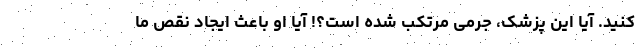
کنید. آیا این پزشک، جرمی مرتکب شده است؟! آیا او باعث ایجاد نقص ما